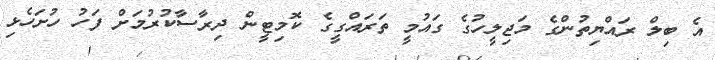
އެ ބިލް ރައްޔިތުންގެ މަޖިލީހުގެ ގައުމީ ތަރައްގީގެ ކޮމިޓީން ދިރާސާކުރުމަށް ފަހު ހުށަހެޅި